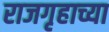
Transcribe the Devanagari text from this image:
राजगृहाच्या